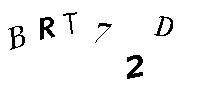
BRT72D